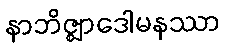
နာဘိဇ္ဈာဒေါမနဿာ